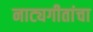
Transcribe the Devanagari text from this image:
नाट्यगीतांचा